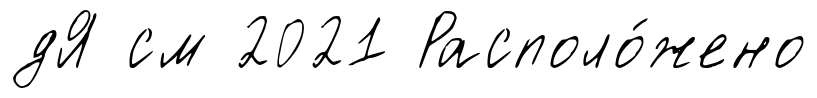
дЯ см 2021 Располо́жено